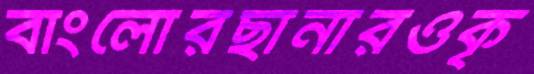
বাংলোরছানারওকৃ